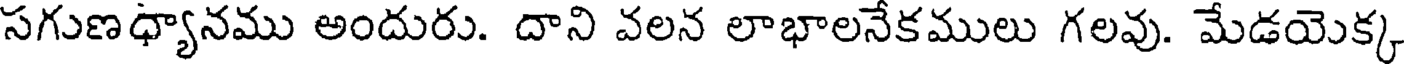
సగుణధ్యానము అందురు. దాని వలన లాభాలనేకములు గలవు. మేడయెక్క